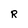
Character: R